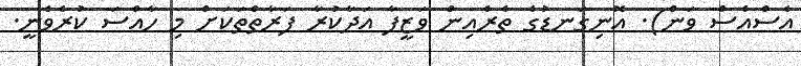
އެސްއެސް ވަން). އޮނިގަނޑުގެ ތެރެއިން ވަޒީފާ އަދާކުރާ ފަރާތްތަކަށް މި ހާއްސަ ކުރެވެނީ.